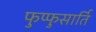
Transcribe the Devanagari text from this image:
फुप्फुसार्ति